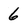
Character: 6